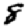
Digit: 8